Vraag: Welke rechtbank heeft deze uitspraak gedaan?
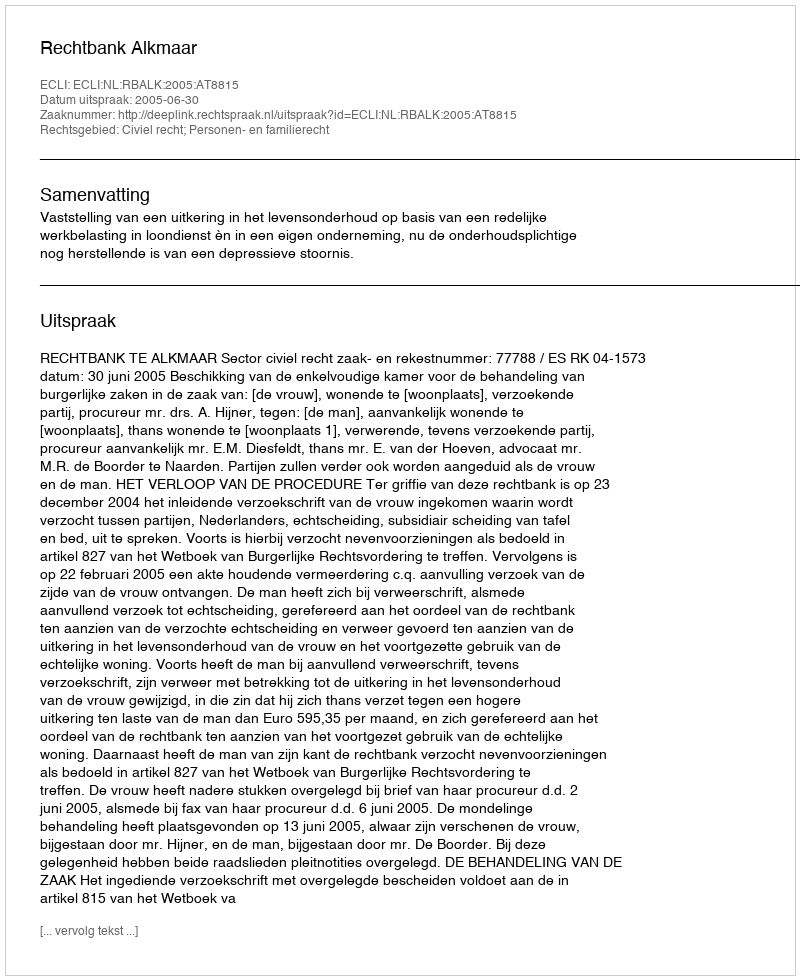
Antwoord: Rechtbank Alkmaar